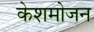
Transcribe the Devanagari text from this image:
केशमोजन